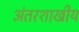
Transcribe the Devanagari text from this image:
अंतरशाखीय